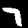
Digit: 7